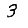
Digit: 3